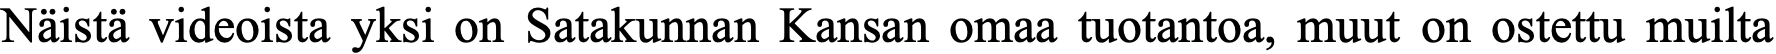
Näistä videoista yksi on Satakunnan Kansan omaa tuotantoa, muut on ostettu muilta